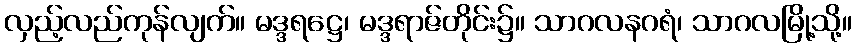
လှည့်လည်ကုန်လျက်။ မဒ္ဒရဋ္ဌေ၊ မဒ္ဒရာဇ်တိုင်း၌။ သာဂလနဂရံ၊ သာဂလမြို့သို့။